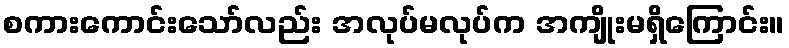
စကားကောင်းသော်လည်း အလုပ်မလုပ်က အကျိုးမရှိကြောင်း။